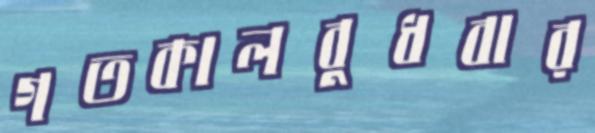
গতকালবুধবার